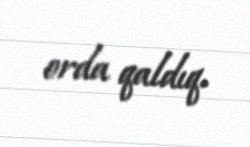
orda qaldıq.